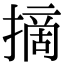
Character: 摘